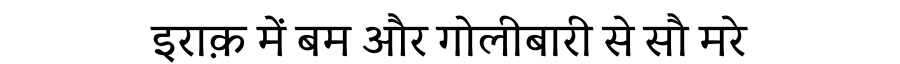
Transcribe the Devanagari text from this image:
इराक़ में बम और गोलीबारी से सौ मरे